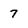
Character: 7